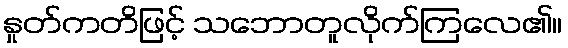
နှုတ်ကတိဖြင့် သဘောတူလိုက်ကြလေ၏။